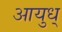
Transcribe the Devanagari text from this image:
आयुध्